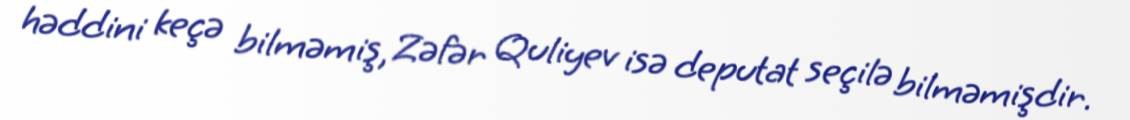
həddini keçə bilməmiş, Zəfər Quliyev isə deputat seçilə bilməmişdir.